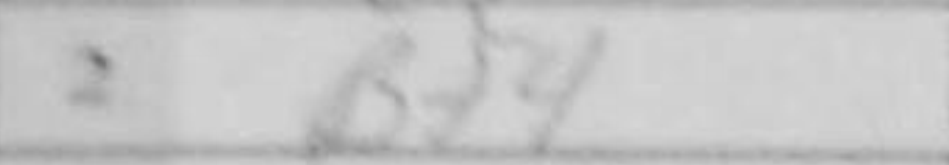
Transcription: Bf4